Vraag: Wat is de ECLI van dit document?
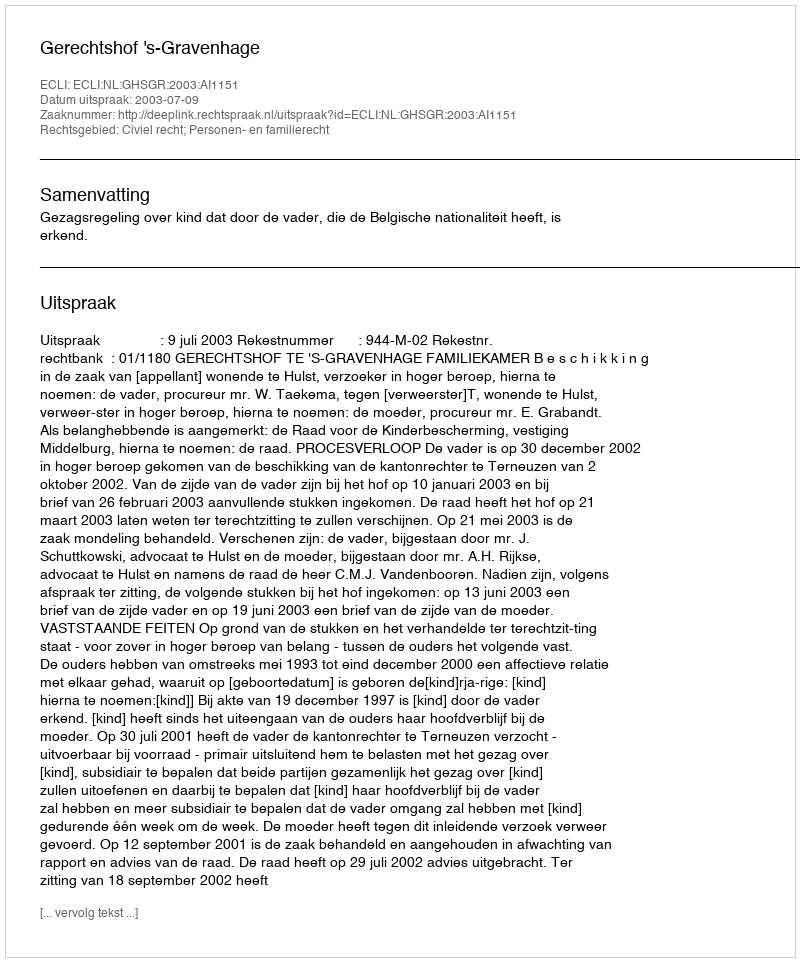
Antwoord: ECLI:NL:GHSGR:2003:AI1151